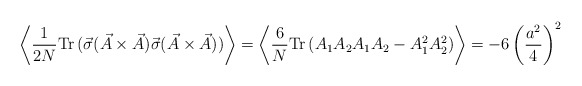
\begin{align*}\left\langle \frac{1}{2N} \mbox{Tr} \, (\vec{\sigma }(\vec{A} \times \vec{A} ) \vec{\sigma } (\vec{A} \times \vec{A} ) )\right\rangle =\left\langle \frac{6}{N} \mbox{Tr} \, (A_1 A_2 A_1 A_2 - A_1^2 A_2^2 )\right\rangle =-6 \left( \frac{a^2 }{4} \right)^{2}\end{align*}